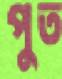
পুত